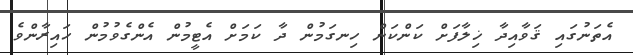
އެތަނުގައި ޤަވާއިދާ ޚިލާފަށް ކަންކަން ހިނގަމުން ދާ ކަމަށް އެޓީމުން އެންގެވުމުން ހައިރާންވެ